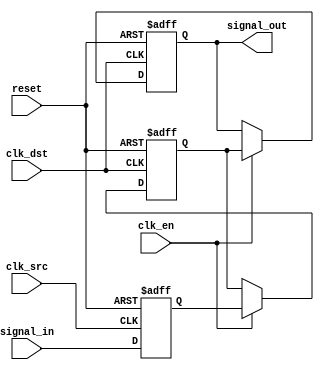
module SignalLevelCrossingSynchronizer #(
    parameter STAGES = 2 // Configurable number of synchronizer stages (2 or 3)
)(
    input wire clk_src,          // Source clock
    input wire clk_dst,          // Destination clock
    input wire reset,            // Asynchronous reset
    input wire signal_in,        // Input signal from source clock domain
    input wire clk_en,           // Clock enable (optional)
    output reg signal_out        // Synchronized output signal in destination clock domain
);

    // Internal signals for stages
    reg [STAGES-1:0] sync_ff; // Flip-flops for synchronization stages

    // Stage 1: Capture input signal on the source clock
    always @(posedge clk_src or posedge reset) begin
        if (reset) begin
            sync_ff[0] <= 1'b0; // or 1'b1, depending on desired initial state
        end else begin
            sync_ff[0] <= signal_in; // Capture input signal
        end
    end

    // Additional stages for synchronization
    genvar i;
    generate
        for (i = 1; i < STAGES; i = i + 1) begin: sync_stages
            always @(posedge clk_dst or posedge reset) begin
                if (reset) begin
                    sync_ff[i] <= 1'b0; // Reset state for each stage
                end else if (clk_en) begin
                    sync_ff[i] <= sync_ff[i-1]; // Transfer data through the stages
                end
            end
        end
    endgenerate

    // Stage for producing output in the destination clock domain
    always @(posedge clk_dst or posedge reset) begin
        if (reset) begin
            signal_out <= 1'b0; // Reset output state
        end else if (clk_en) begin
            signal_out <= sync_ff[STAGES-1]; // Output from the last synchronization stage
        end
    end

endmodule